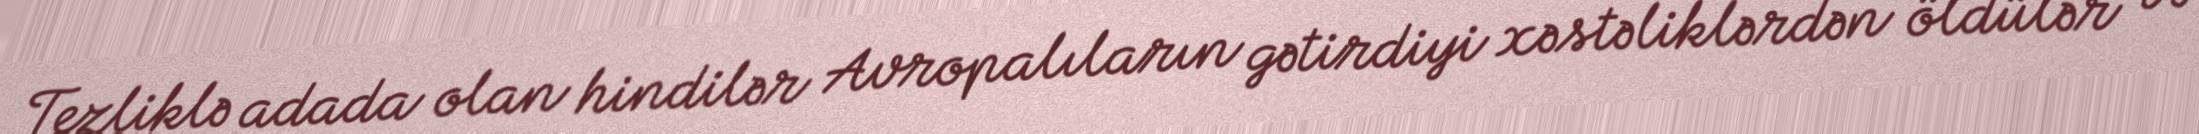
Tezliklə adada olan hindilər Avropalıların gətirdiyi xəstəliklərdən öldülər və